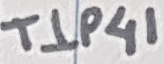
Text: TIP41